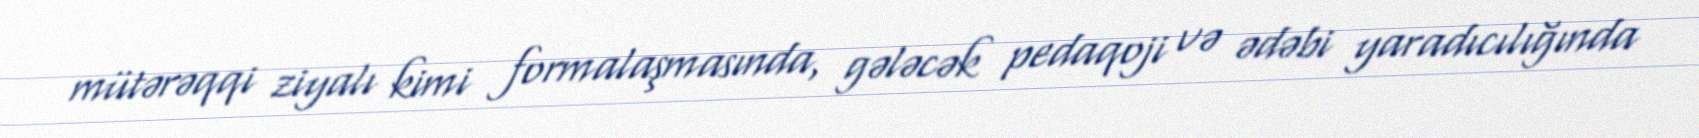
mütərəqqi ziyalı kimi formalaşmasında, gələcək pedaqoji və ədəbi yaradıcılığında